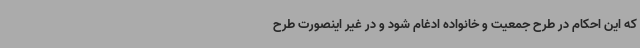
که این احکام در طرح جمعیت و خانواده ادغام شود و در غیر اینصورت طرح